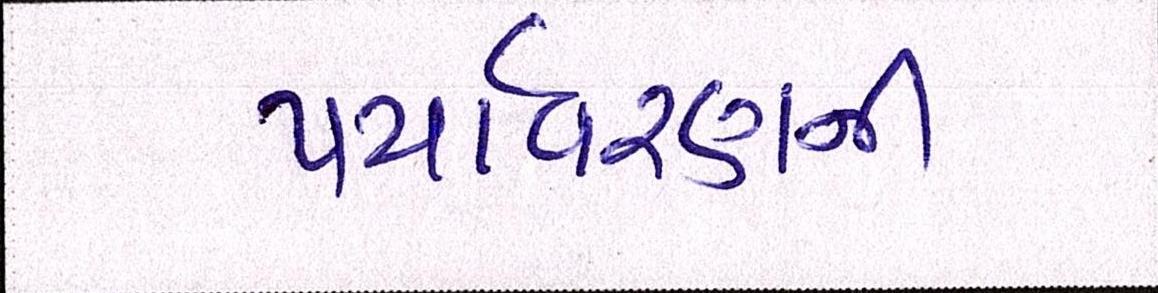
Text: પર્યાવરણની